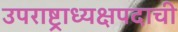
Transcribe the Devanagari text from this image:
उपराष्ट्राध्यक्षपदाची